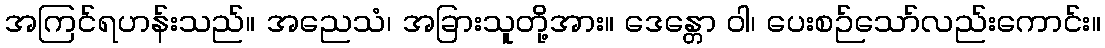
အကြင်ရဟန်းသည်။ အညေသံ၊ အခြားသူတို့အား။ ဒေန္တော ဝါ၊ ပေးစဉ်သော်လည်းကောင်း။